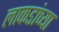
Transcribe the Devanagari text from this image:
लाकडांच्या